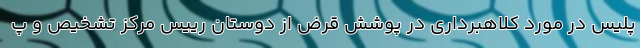
پلیس در مورد کلاهبرداری در پوشش قرض از دوستان رییس مرکز تشخیص و پ